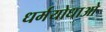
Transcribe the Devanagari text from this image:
धर्मयोधाओ